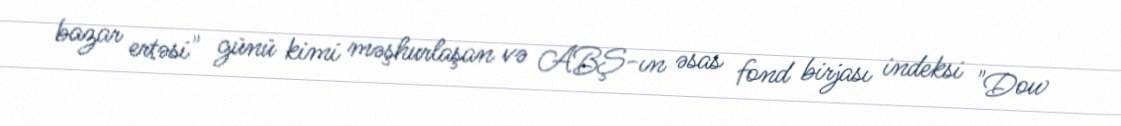
bazar ertəsi" günü kimi məşhurlaşan və ABŞ-ın əsas fond birjası indeksi "Dow